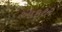
આફટર